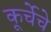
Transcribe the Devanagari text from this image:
कूर्चेचे